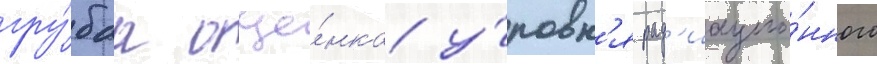
гру́баа оце́нка у́ровн'я рад'иацио́нного